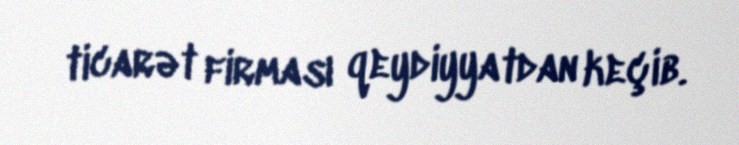
ticarət firması qeydiyyatdan keçib.